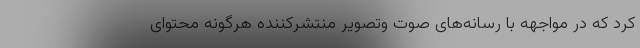
کرد که در مواجهه با رسانه‌های صوت وتصویر منتشرکننده هرگونه محتوای